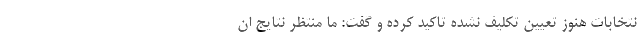
نتخابات هنوز تعیین تکلیف نشده تاکید کرده و گفت: ما منتظر نتایج ان